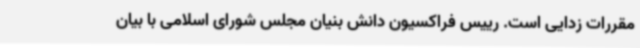
مقررات زدایی است. رییس فراکسیون دانش بنیان مجلس شورای اسلامی با بیان